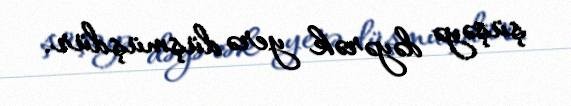
şüşəyə dəyərək yerə düşmüşdür.